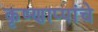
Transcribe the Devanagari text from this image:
कृष्णाप्पांचे